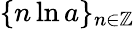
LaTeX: \{ n\ln a\} _{n\in\mathbb{Z}}